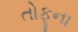
તોફૂના